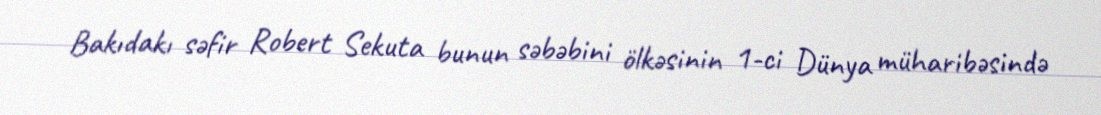
Bakıdakı səfir Robert Sekuta bunun səbəbini ölkəsinin 1-ci Dünya müharibəsində